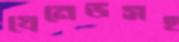
গ্রেনেডসহ